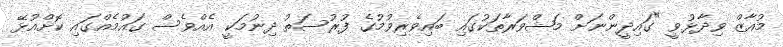
މުއާޒް ވިދާޅުވީ "ގައިދީންނަށް މަޝްވަރާތަކުގައި ބައިވެރިވުމުގެ ފުރުސަތު ދިނުމަކީ އެއްވެސް ގައުމެއްގައި ކޮށްއުޅޭ